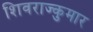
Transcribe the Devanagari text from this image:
शिवराज्कुमार